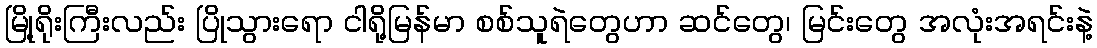
မြို့ရိုးကြီးလည်း ပြိုသွားရော ငါရို့မြန်မာ စစ်သူရဲတွေဟာ ဆင်တွေ၊ မြင်းတွေ အလုံးအရင်းနဲ့